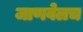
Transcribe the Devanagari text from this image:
जाणवेलच